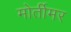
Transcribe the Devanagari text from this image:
मोर्तीमर